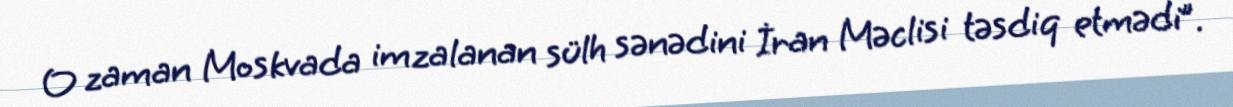
O zaman Moskvada imzalanan sülh sənədini İran Məclisi təsdiq etmədi”.